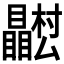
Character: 𭿴